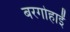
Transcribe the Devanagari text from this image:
बरगोहाईं